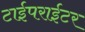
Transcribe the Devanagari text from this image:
टाईपराईटर